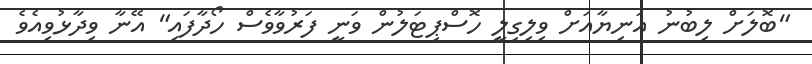
"ބޮލަށް ލިބުނު އަނިޔާއަށް ވިލިގިލީ ހޮސްޕިޓަލުން ވަނީ ފަރުވާވެސް ހޯދާފައި" އޭނާ ވިދާޅުވިއެވެ